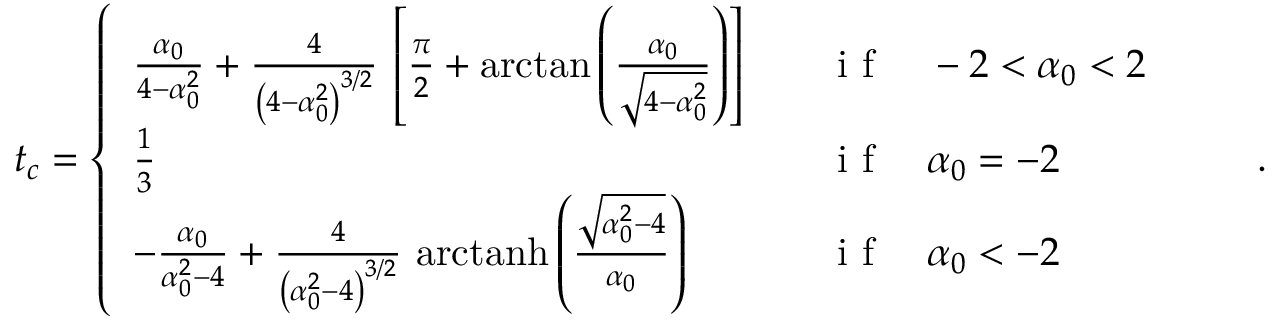
t _ { c } = \left\{ \begin{array} { l l l } { \frac { \alpha _ { 0 } } { 4 - \alpha _ { 0 } ^ { 2 } } + \frac { 4 } { \left( 4 - \alpha _ { 0 } ^ { 2 } \right) ^ { 3 / 2 } } \, \left[ \frac { \pi } { 2 } + \arctan \left( \frac { \alpha _ { 0 } } { \sqrt { 4 - \alpha _ { 0 } ^ { 2 } } } \right) \right] } & { } & { \mathrm { ~ i ~ f ~ } \quad - 2 < \alpha _ { 0 } < 2 } \\ { \frac { 1 } { 3 } } & { } & { \mathrm { ~ i ~ f ~ } \quad \alpha _ { 0 } = - 2 } \\ { - \frac { \alpha _ { 0 } } { \alpha _ { 0 } ^ { 2 } - 4 } + \frac { 4 } { \left( \alpha _ { 0 } ^ { 2 } - 4 \right) ^ { 3 / 2 } } \, \, \mathrm { a r c t a n h } \left( \frac { \sqrt { \alpha _ { 0 } ^ { 2 } - 4 } } { \alpha _ { 0 } } \right) } & { } & { \mathrm { ~ i ~ f ~ } \quad \alpha _ { 0 } < - 2 } \end{array} \right. \qquad .